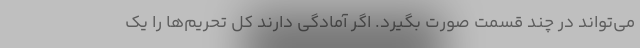
می‌تواند در چند قسمت صورت بگیرد. اگر آمادگی دارند کل تحریم‌ها را یک